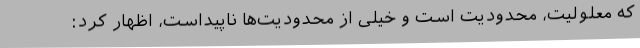
که معلولیت، محدودیت است و خیلی از محدودیت‌ها ناپیداست، اظهار کرد: